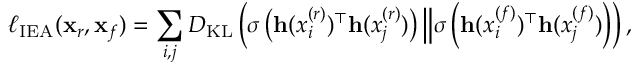
\ell _ { \mathrm { I E A } } ( \mathbf { x } _ { r } , \mathbf { x } _ { f } ) = \sum _ { i , j } D _ { \mathrm { K L } } \left( \sigma \left( \mathbf { h } ( x _ { i } ^ { ( r ) } ) ^ { \top } \mathbf { h } ( x _ { j } ^ { ( r ) } ) \right) \Big \Vert \sigma \left( \mathbf { h } ( x _ { i } ^ { ( f ) } ) ^ { \top } \mathbf { h } ( x _ { j } ^ { ( f ) } ) \right) \right) ,